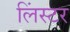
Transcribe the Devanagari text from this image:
लिंस्टर